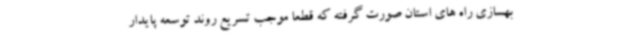
بهسازی راه های استان صورت گرفته که قطعا موجب تسریع روند توسعه پایدار